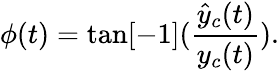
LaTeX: \phi(t)=\tan[-1](\frac{\hat{y}_{c}(t)}{y_{c}(t)}).